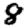
Digit: 8